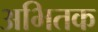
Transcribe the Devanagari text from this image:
अभितक